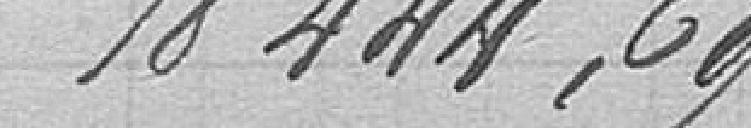
18 444,69